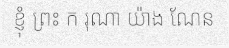
ខ្ញុំ ព្រះ ក រុណា យ៉ាង ណែន